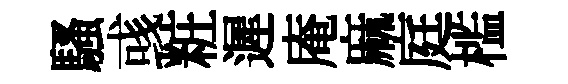
騷彧粧遲庵麻庭槛